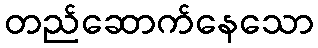
တည်ဆောက်နေသော